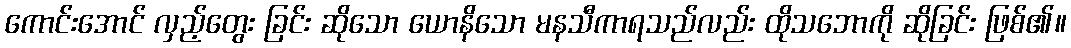
ကောင်းအောင် လှည့်တွေး ခြင်း ဆိုသော ယောနိသော မနသီကာရသည်လည်း ထိုသဘောကို ဆိုခြင်း ဖြစ်၏။